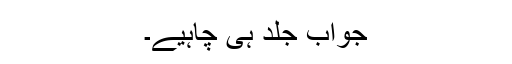
جواب جلد ہی چاہیے۔